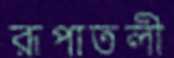
রূপাতলী